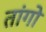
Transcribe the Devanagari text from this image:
तांगो